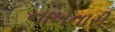
નાખનારી